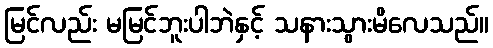
မြင်လည်း မမြင်ဘူးပါဘဲနှင့် သနားသွားမိလေသည်။